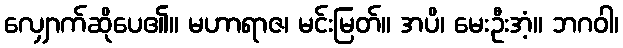
လျှောက်ဆိုပေ၏။ မဟာရာဇ၊ မင်းမြတ်။ အပိ၊ မေးဦးအံ့။ ဘဂဝါ၊